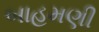
બાહમણી